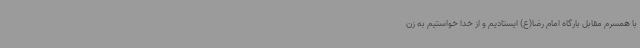
با همسرم مقابل بارگاه امام رضا(ع) ایستادیم و از خدا خواستیم به زن